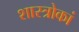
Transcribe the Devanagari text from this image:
शास्त्रोकां